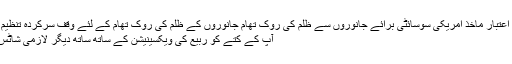
[8] ایکس قابل اعتبار ماخذ امریکی سوسائٹی برائے جانوروں سے ظلم کی روک تھام جانوروں کے ظلم کی روک تھام کے لئے وقف سرکردہ تنظیم ماخذ پر جائیں
آپ کے کتے کو ربیع کی ویکسینیشن کے ساتھ ساتھ دیگر لازمی شاٹس بھی ملنا چاہ.۔